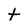
Character: t